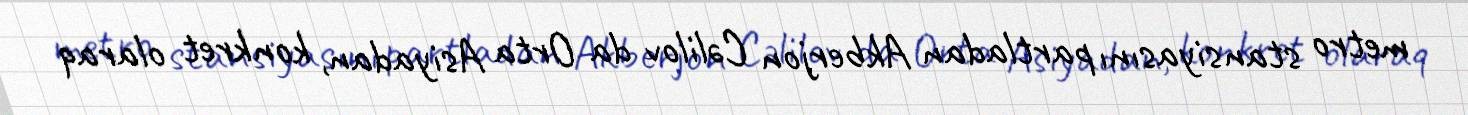
metro stansiyasını partladan Akberjon Cəlilov da Orta Asiyadan, konkret olaraq